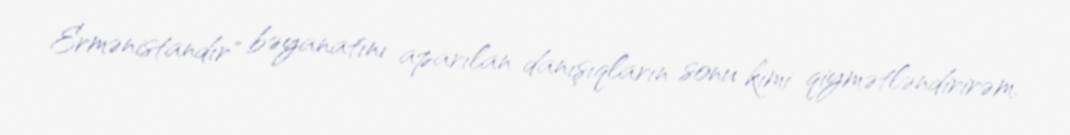
Ermənistandır" bəyanatını aparılan danışıqların sonu kimi qiymətləndirirəm.